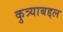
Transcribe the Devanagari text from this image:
कुत्र्याबद्दल